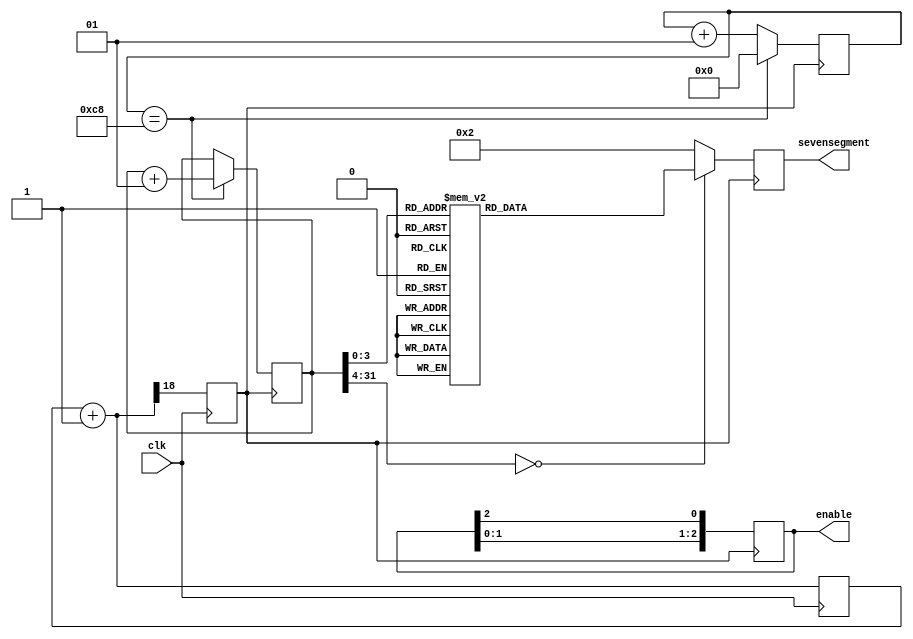
`timescale 1ns / 1ps

module SevenSegment(input clk, 
  output [7:0]sevensegment,  
  output [2:0]enable                                          
 );
 

   reg [7:0]sevensegment_d,sevensegment_q;
   reg [2:0]enable_d,enable_q;
	
   integer bcd_count_d,bcd_count_q;
	integer delay_count_d,delay_count_q;
   
	
	assign enable = enable_q;
	assign sevensegment = sevensegment_q;
	
	reg [18:0]count = 0;
	reg clock = 0;
	
	
   always @(posedge clk)
			begin 
	        count = count + 1; 
	        clock = count[18];
		 end

   
	always @(posedge clock)
		begin
		      enable_q       = {{2{1'b1}} , 1'b0};
				sevensegment_q = {8{1'b0}};
				bcd_count_q    = 0;
				delay_count_q  = 0;
		 
		      enable_q       = enable_d;
				sevensegment_q = sevensegment_d;
				bcd_count_q    = bcd_count_d;
				delay_count_q  = delay_count_d;
		  end
	  
	 always @(*) begin
		  enable_d       = enable_q;                      
		  sevensegment_d = sevensegment_q;
		  bcd_count_d    = bcd_count_q;
		  delay_count_d  = delay_count_q;

        enable_d       = {enable_q[1:0],enable_q[2]};	
		  
	     if(delay_count_q == 200) begin
			   bcd_count_d = bcd_count_q + 1;
			   delay_count_d = 0; 
		  end
	     else
	         delay_count_d = delay_count_q + 1;
         

         // This module uses Common Anode configuration. Each display module is enabled one at a time
         // and corresponding segment data is output. 
                         
			//        a    
			//      ____
			//   f |    | b
			//     |_g__| 
			//   e |    | c
			//     |____| .h
			//       d
		   //	                          abcdefgh
			case (bcd_count_q)
			
			    0 : sevensegment_d = 8'b00000010;
				 1 : sevensegment_d = 8'b10011110;
				 2 : sevensegment_d = 8'b00100100;
				 3 : sevensegment_d = 8'b00001100;
				 4 : sevensegment_d = 8'b10011000;
				 5 : sevensegment_d = 8'b01001000;
				 6 : sevensegment_d = 8'b01000000;
				 7 : sevensegment_d = 8'b00011110;
				 8 : sevensegment_d = 8'b00000000;
				 9 : sevensegment_d = 8'b00011000;
				 default : sevensegment_d = 8'b00000010;
			 endcase
		end
endmodule